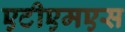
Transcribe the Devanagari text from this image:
एटीएमएस